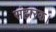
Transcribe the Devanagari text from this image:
संहारक।